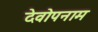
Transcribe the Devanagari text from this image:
देवोपनाम